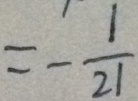
= - \frac { 1 } { 2 1 }